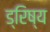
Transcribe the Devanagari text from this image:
ड्रिष्य